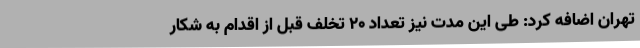
تهران اضافه کرد: طی این مدت نیز تعداد 20 تخلف قبل از اقدام به شکار